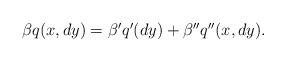
LaTeX: \begin{align*}\begin{array}{l}\beta q(x,dy)=\beta'q'(dy)+\beta''q''(x,dy).\end{array}\end{align*}